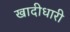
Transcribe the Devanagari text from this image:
खादीधारी